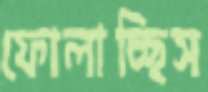
ফোলাচ্ছিস